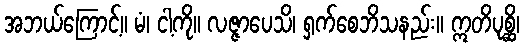
အဘယ်ကြောင့်။ မံ၊ ငါ့ကို။ လဇ္ဇာပေသိ၊ ရှက်စေဘိသနည်း။ ဣတိပုစ္ဆိ၊